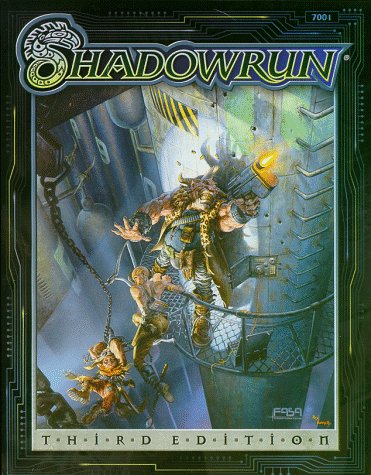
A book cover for Shadowrun (3rd Edition); Jordan Weisman; Science Fiction & Fantasy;